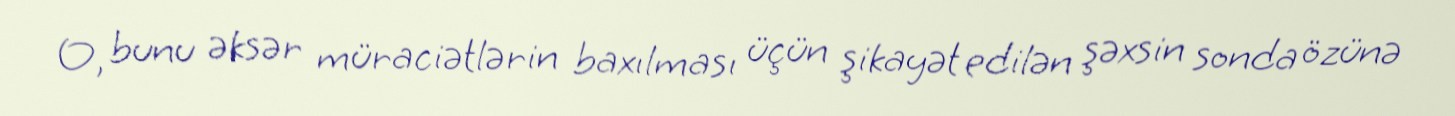
O, bunu əksər müraciətlərin baxılması üçün şikayət edilən şəxsin sonda özünə